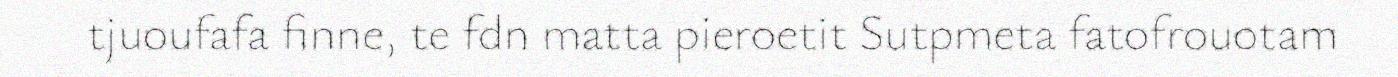
tjuoufafa finne, te fdn matta pieroetit Sutpmeta fatofrouotam